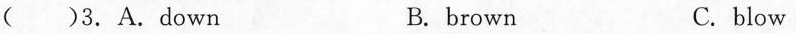
( )3.A.Down B. brown C. blow